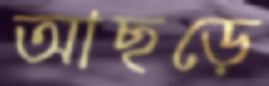
আছড়ে